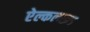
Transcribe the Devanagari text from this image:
ऐल्कलाइड